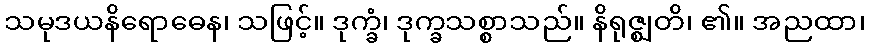
သမုဒယနိရောဓေန၊ သဖြင့်။ ဒုက္ခံ၊ ဒုက္ခသစ္စာသည်။ နိရုဇ္ဈတိ၊ ၏။ အညထာ၊